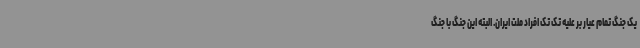
یک جنگ تمام عیار بر علیه تک تک افراد ملت ایران. البته این جنگ با جنگ